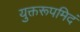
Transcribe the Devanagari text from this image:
युक्तरूपमिदं